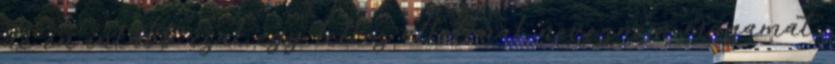
de én inkább csak egy lelkes alkotónak nevezném magamat.